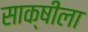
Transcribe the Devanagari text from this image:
साक्षीला